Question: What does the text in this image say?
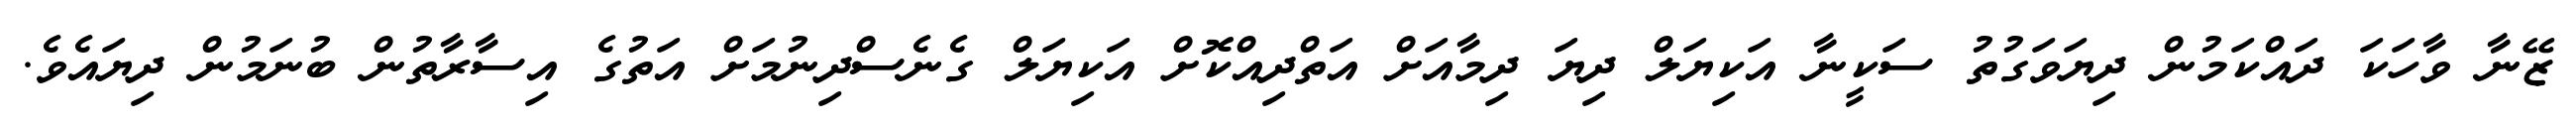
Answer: ޒޭނާ ވާހަކަ ދައްކަމުން ދިޔަވަގުތު ސަކީނާ އަކިޔަލް ދިޔަ ދިމާއަށް އަތްދިއްކޮށް އަކިޔަލް ގެނެސްދިނުމަށް އަތުގެ އިސާރާތުން ބުނަމުން ދިޔައެވެ.